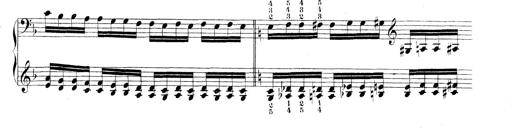
Title: Technische Studien
Composer: Franz Liszt